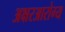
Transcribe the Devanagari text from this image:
अक्षरआरोग्य